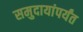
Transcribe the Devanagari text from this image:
समुदायांपर्यंत